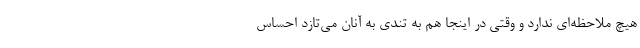
هیچ ملاحظه‌ای ندارد و وقتی در اینجا هم به تندی به آنان می‌تازد احساس